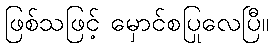
ဖြစ်သဖြင့် မှောင်စပြုလေပြီ။